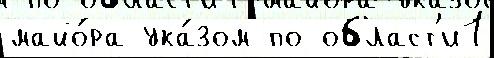
майо́ра ука́зом по област'и1